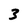
Character: 3